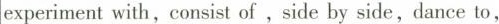
experiment with,consist of ,side by side,dance to,